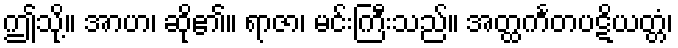
ဤသို့။ အာဟ၊ ဆို၏။ ရာဇာ၊ မင်းကြီးသည်။ အတ္ထင်္ကတပဋိယတ္တံ၊